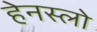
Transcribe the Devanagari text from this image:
हेनस्लो